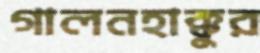
গালনহাক্কুর